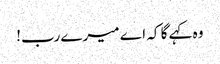
وہ کہے گا کہ اے میرے رب!